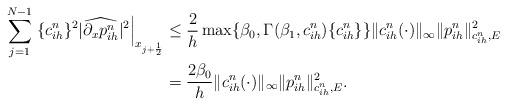
LaTeX: \begin{align*} \sum_{j=1}^{N-1} \left. \{c_{ih}^n \}^2 |\widehat{\partial_xp^n_{ih}}|^2\right|_{x_{j+\frac12}} & \leq \frac{2}{h} \max\{\beta_0, \Gamma(\beta_1, c_{ih}^n ) \{c_{ih}^n \} \} \|c_{ih}^n(\cdot)\|_\infty \|p^n_{ih}\|_{c_{ih}^n, E}^2\\ & =\frac{2\beta_0}{h}\|c_{ih}^n(\cdot)\|_\infty \|p^n_{ih}\|_{c_{ih}^n, E}^2.\end{align*}